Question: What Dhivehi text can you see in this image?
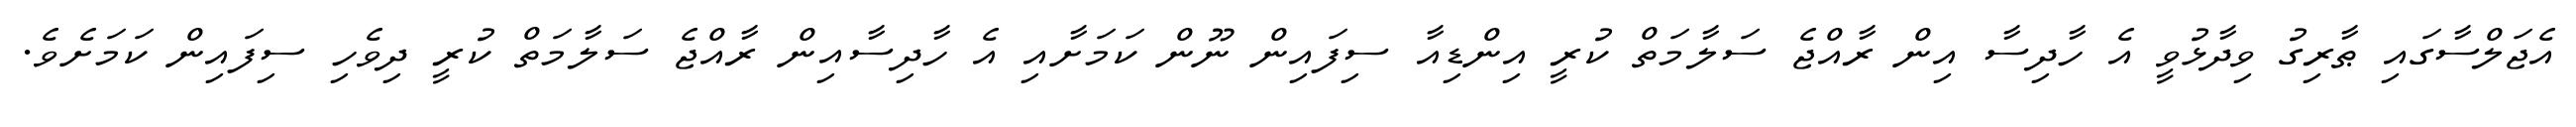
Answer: އެޖަލްސާގައި ޠާރިގު ވިދާޅުވީ އެ ހާދިސާ އިން ރާއްޖެ ސަލާމަތް ކުރީ އިންޑިއާ ސިފައިން ނޫން ކަމަށާއި އެ ހާދިސާއިން ރާއްޖެ ސަލާމަތް ކުރީ ދިވެހި ސިފައިން ކަމަށެވެ.